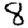
Digit: 8